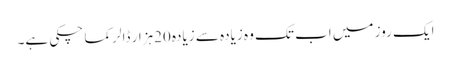
ایک روز میں اب تک وہ زیادہ سے زیادہ 20ہزار ڈالر کما چکی ہے۔